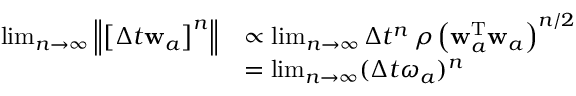
\begin{array} { r l } { \operatorname* { l i m } _ { n \rightarrow \infty } \left\| \left[ \Delta t \mathbf { w } _ { a } \right] ^ { n } \right\| } & { \propto \operatorname* { l i m } _ { n \rightarrow \infty } \Delta t ^ { n } \, \rho \left( \mathbf { w } _ { a } ^ { \mathrm { T } } \mathbf { w } _ { a } \right) ^ { n / 2 } } \\ & { = \operatorname* { l i m } _ { n \rightarrow \infty } ( \Delta t \omega _ { a } ) ^ { n } } \end{array}